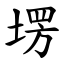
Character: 塄